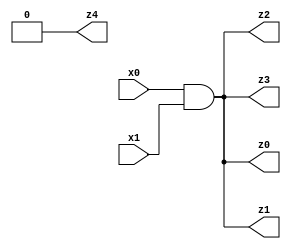
// Benchmark "mult_1x1_30" written by ABC on Wed Jun 28 02:12:16 2023

module mult_1x1_30 ( 
    x0, x1,
    z0, z1, z2, z3, z4  );
  input  x0, x1;
  output z0, z1, z2, z3, z4;
  assign z0 = x0 & x1;
  assign z1 = x0 & x1;
  assign z2 = x0 & x1;
  assign z3 = x0 & x1;
  assign z4 = 1'b0;
endmodule